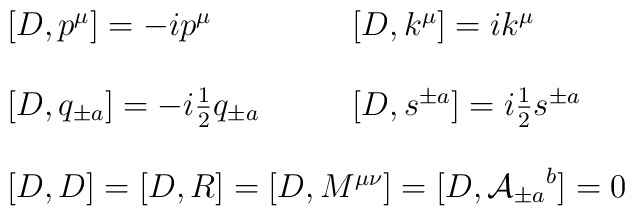
\begin{array}{ll}[D,p^{\mu}]=-ip^{\mu}~~~&~~~[D,k^{\mu}]=ik^{\mu}\\{}&{}\\{[D,q_{\pm a}]=-i\textstyle{\frac{1}{2}}q_{\pm a}}~~~&~~~[D,s^{\pm a}]=i\textstyle{\frac{1}{2}}s^{\pm a}\\{}&{}\\\multicolumn{2}{c}{[D,D]=[D,R]=[D,M^{\mu\nu}]=[D,{{\cal A}_{\pm a}}^{b}]=0}\end{array}